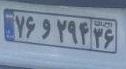
۷۶و۲۹۴۳۶